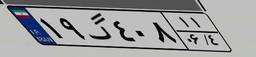
۴۳گ۴۰۷۵۳